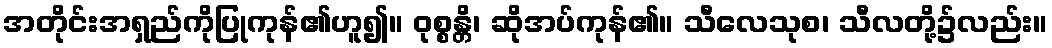
အတိုင်းအရှည်ကိုပြုကုန်၏ဟူ၍။ ဝုစ္စန္တိ၊ ဆိုအပ်ကုန်၏။ သီလေသုစ၊ သီလတို့၌လည်း။